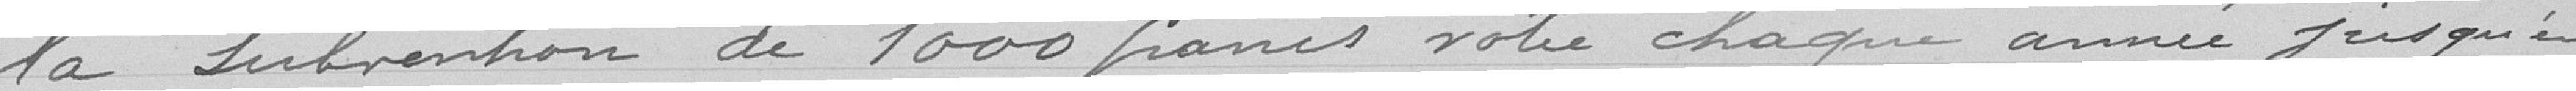
la subvention de 1.000 francs votée chaque année jusqu'en